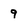
Character: 9